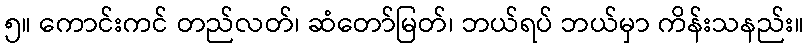
၅။ ကောင်းကင် တည်လတ်၊ ဆံတော်မြတ်၊ ဘယ်ရပ် ဘယ်မှာ ကိန်းသနည်း။